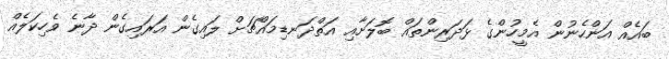
ބައެއް އަންހެނުން އެމީހުންގެ ޅަދަރިންތައް ބޮލަށާއި އަތްދަނޑިމައްޗަށް ލައިގެން އަރައިގެން ދާނެ ވެހިކަލެއް